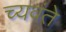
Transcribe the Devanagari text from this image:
च्यवंते